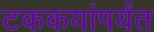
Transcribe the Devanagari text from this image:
टककयांपर्यंत